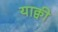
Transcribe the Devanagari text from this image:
याक्वी